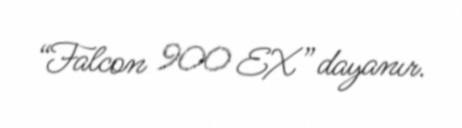
“Falcon 900 EX” dayanır.